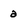
Character: a